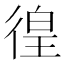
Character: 徨